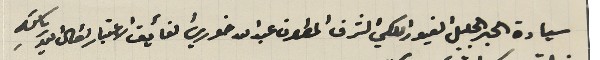
سيادة الحبر الجليل الغيور الكلي الشرف المطران عبدالله خوري الفأيق الاعتبار اطال الله رياستهِ